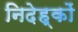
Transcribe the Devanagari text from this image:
निदेह्कों